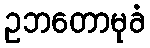
ဥဘတောမုခံ